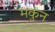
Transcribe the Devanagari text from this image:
मकुन